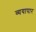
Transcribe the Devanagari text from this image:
व्ययापार